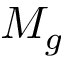
M _ { g }